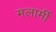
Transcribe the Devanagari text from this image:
मलार्मी